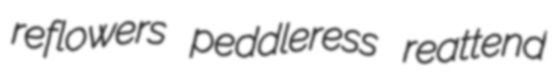
reflowers peddleress reattend